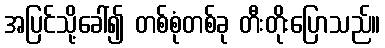
အပြင်သို့ခေါ်၍ တစ်စုံတစ်ခု တီးတိုးပြောသည်။